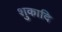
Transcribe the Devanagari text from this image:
शुकादि